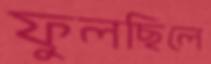
ফুলছিলে